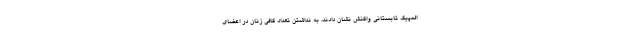
المپیک تابستانی واکنش نشان دادند، به نداشتن تعداد کافی زنان در اعضای